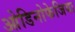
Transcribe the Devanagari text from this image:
ओडिनोफेजिया